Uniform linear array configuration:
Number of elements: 24
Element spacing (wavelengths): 0.75
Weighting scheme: blackman
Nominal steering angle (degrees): -45
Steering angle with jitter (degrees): -44.438
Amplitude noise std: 0.05
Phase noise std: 0.05

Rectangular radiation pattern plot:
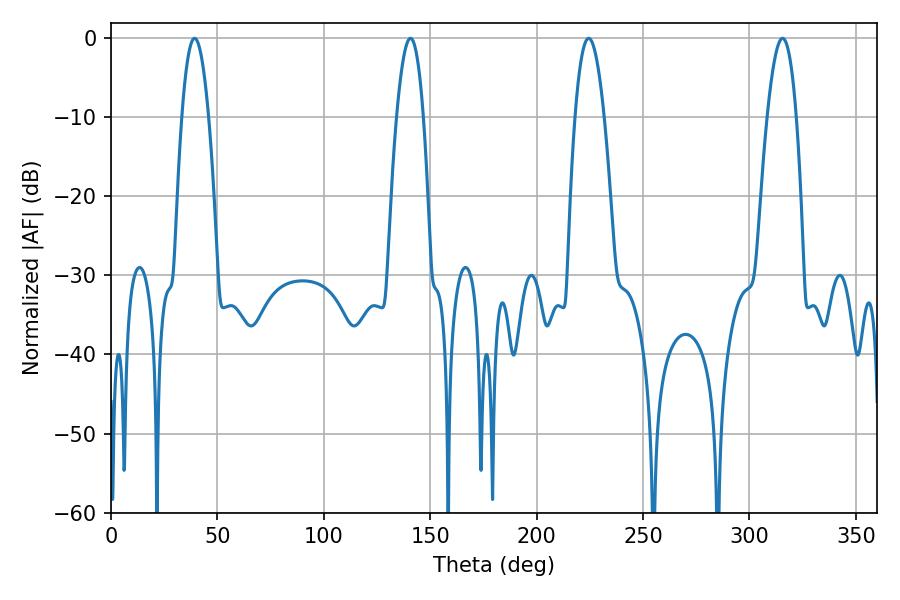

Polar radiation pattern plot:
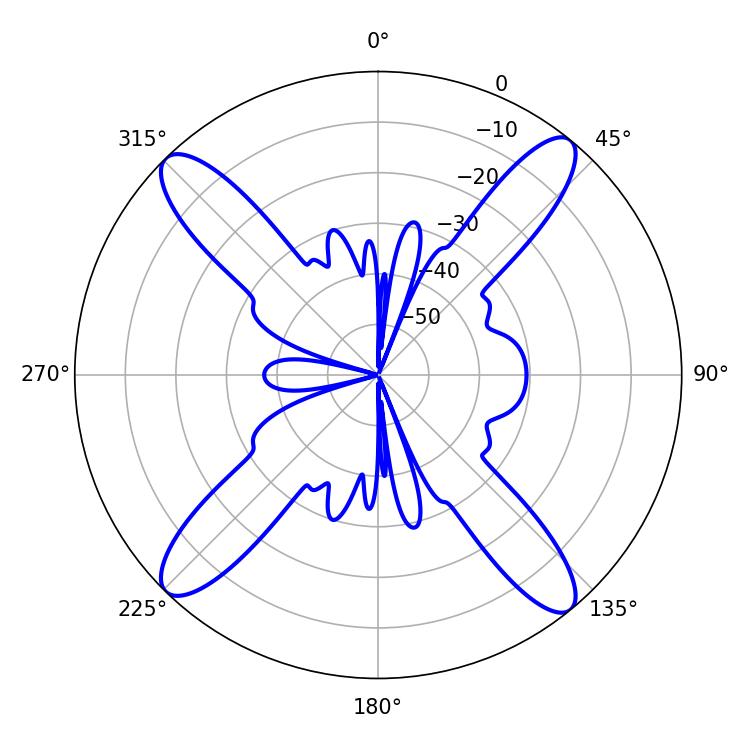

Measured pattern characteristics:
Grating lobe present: TRUE
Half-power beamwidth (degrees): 7.38
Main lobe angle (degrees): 224.46